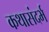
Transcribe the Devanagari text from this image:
कथासंदर्भ